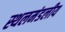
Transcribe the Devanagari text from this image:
स्थलमंडलीय